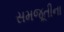
સમજૂતીના